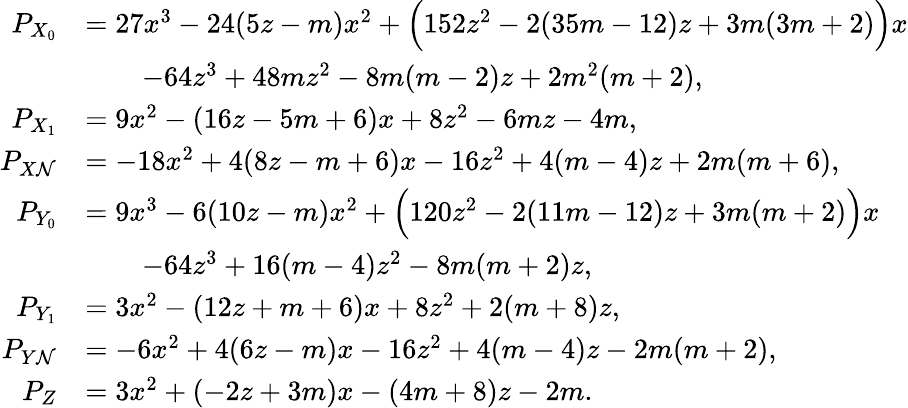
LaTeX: \begin{array}{rl}{P_{X_{0}}}&{=27x^{3}-24(5z-m)x^{2}+\Bigl(152z^{2}-2(35m-12)z+3m(3m+2)\Bigr)x}\\ &{\qquad-64z^{3}+48mz^{2}-8m(m-2)z+2m^{2}(m+2),}\\ {P_{X_{1}}}&{=9x^{2}-(16z-5m+6)x+8z^{2}-6mz-4m,}\\ {P_{X\mathcal{N}}}&{=-18x^{2}+4(8z-m+6)x-16z^{2}+4(m-4)z+2m(m+6),}\\ {P_{Y_{0}}}&{=9x^{3}-6(10z-m)x^{2}+\Bigl(120z^{2}-2(11m-12)z+3m(m+2)\Bigr)x}\\ &{\qquad-64z^{3}+16(m-4)z^{2}-8m(m+2)z,}\\ {P_{Y_{1}}}&{=3x^{2}-(12z+m+6)x+8z^{2}+2(m+8)z,}\\ {P_{Y\mathcal{N}}}&{=-6x^{2}+4(6z-m)x-16z^{2}+4(m-4)z-2m(m+2),}\\ {P_{Z}}&{=3x^{2}+(-2z+3m)x-(4m+8)z-2m.}\end{array}